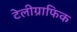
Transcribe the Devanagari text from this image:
टेलीग्राफिक